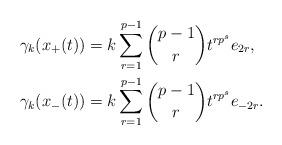
LaTeX: \begin{align*}\gamma_{k}(x_{+}(t)) &= k\sum_{r = 1}^{p-1} \binom{p-1}{r}t^{rp^{s}}e_{2r},\\\gamma_{k}(x_{-}(t)) &= k\sum_{r = 1}^{p-1} \binom{p-1}{r}t^{rp^{s}}e_{-2r}.\end{align*}